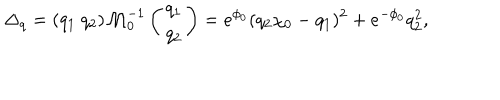
LaTeX: \Delta _ { q } = ( q _ { 1 } \ q _ { 2 } ) \mathcal { M } _ { 0 } ^ { - 1 } \left( \begin{array} { c } { { q _ { 1 } } } \\ { { q _ { 2 } } } \\ \end{array} \right) = e ^ { \phi _ { 0 } } ( q _ { 2 } \chi _ { 0 } - q _ { 1 } ) ^ { 2 } + e ^ { - \phi _ { 0 } } q _ { 2 } ^ { 2 } ,